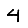
Digit: 4